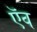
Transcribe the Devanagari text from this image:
ऍव